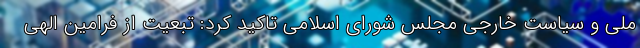
ملی و سیاست خارجی مجلس شورای اسلامی تاکید کرد: تبعیت از فرامین الهی